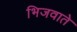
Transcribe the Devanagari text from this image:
भिजवाते